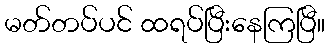
မတ်တပ်ပင် ထရပ်ပြီးနေကြပြီ။